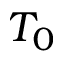
T _ { 0 }